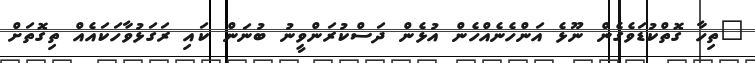
"ތިހާ ގޮތްކުޑަވެގެން ނޫޅެ އަންހެނެއްހެން އުޅެން ދަސްކުރަންވީނު ބުނަން ކައި ރަގަޅުވާހަކައެއް ތިގޮތަށް